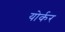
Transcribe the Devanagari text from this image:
योर्कर